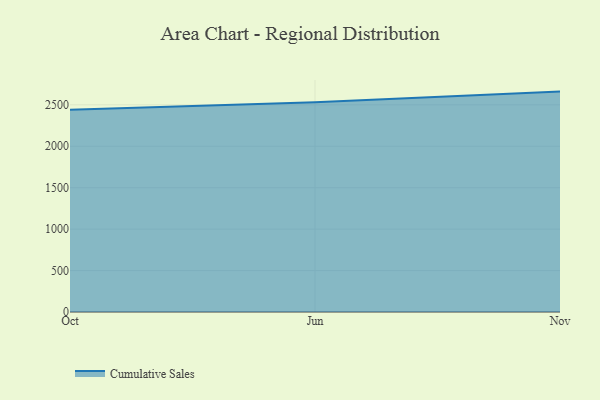
{"axis": {"x": "Month", "y": "Customer Acquisition Cost (USD)"}, "legend": ["Cumulative Sales"], "data": [{"x": "Oct", "y": 2439.6, "type": "Cumulative Sales"}, {"x": "Jun", "y": 2530.1, "type": "Cumulative Sales"}, {"x": "Nov", "y": 2659.3, "type": "Cumulative Sales"}]}